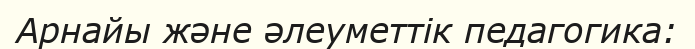
Арнайы және әлеуметтік педагогика: